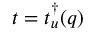
t = t _ { u } ^ { \dagger } ( q )